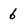
Character: 6